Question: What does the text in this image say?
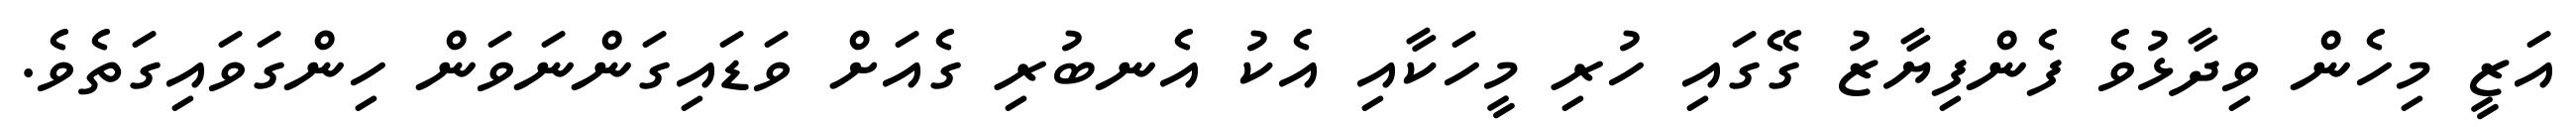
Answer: އަޒީ މިހެން ވިދާޅުވެ ފެންފިޔާޒު ގޭގައި ހުރި މީހަކާއި އެކު އެނބުރި ގެއަށް ވަޑައިގަންނަވަން ހިންގަވައިގަތެވެ.